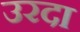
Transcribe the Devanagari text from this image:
उरदा